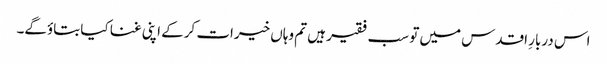
اس دربارِ اقدس میں تو سب فقیر ہیں تم وہاں خیرات کرکے اپنی غنا کیا بتاؤگے۔